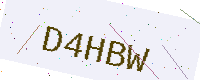
Text: D4HBW